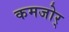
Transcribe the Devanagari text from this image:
कमजोर्